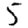
Digit: 5